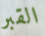
القبر